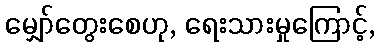
မျှော်တွေးစေဟု, ရေးသားမှုကြောင့်,